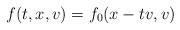
LaTeX: \begin{align*} f(t,x,v)=f_0(x-tv,v) \end{align*}